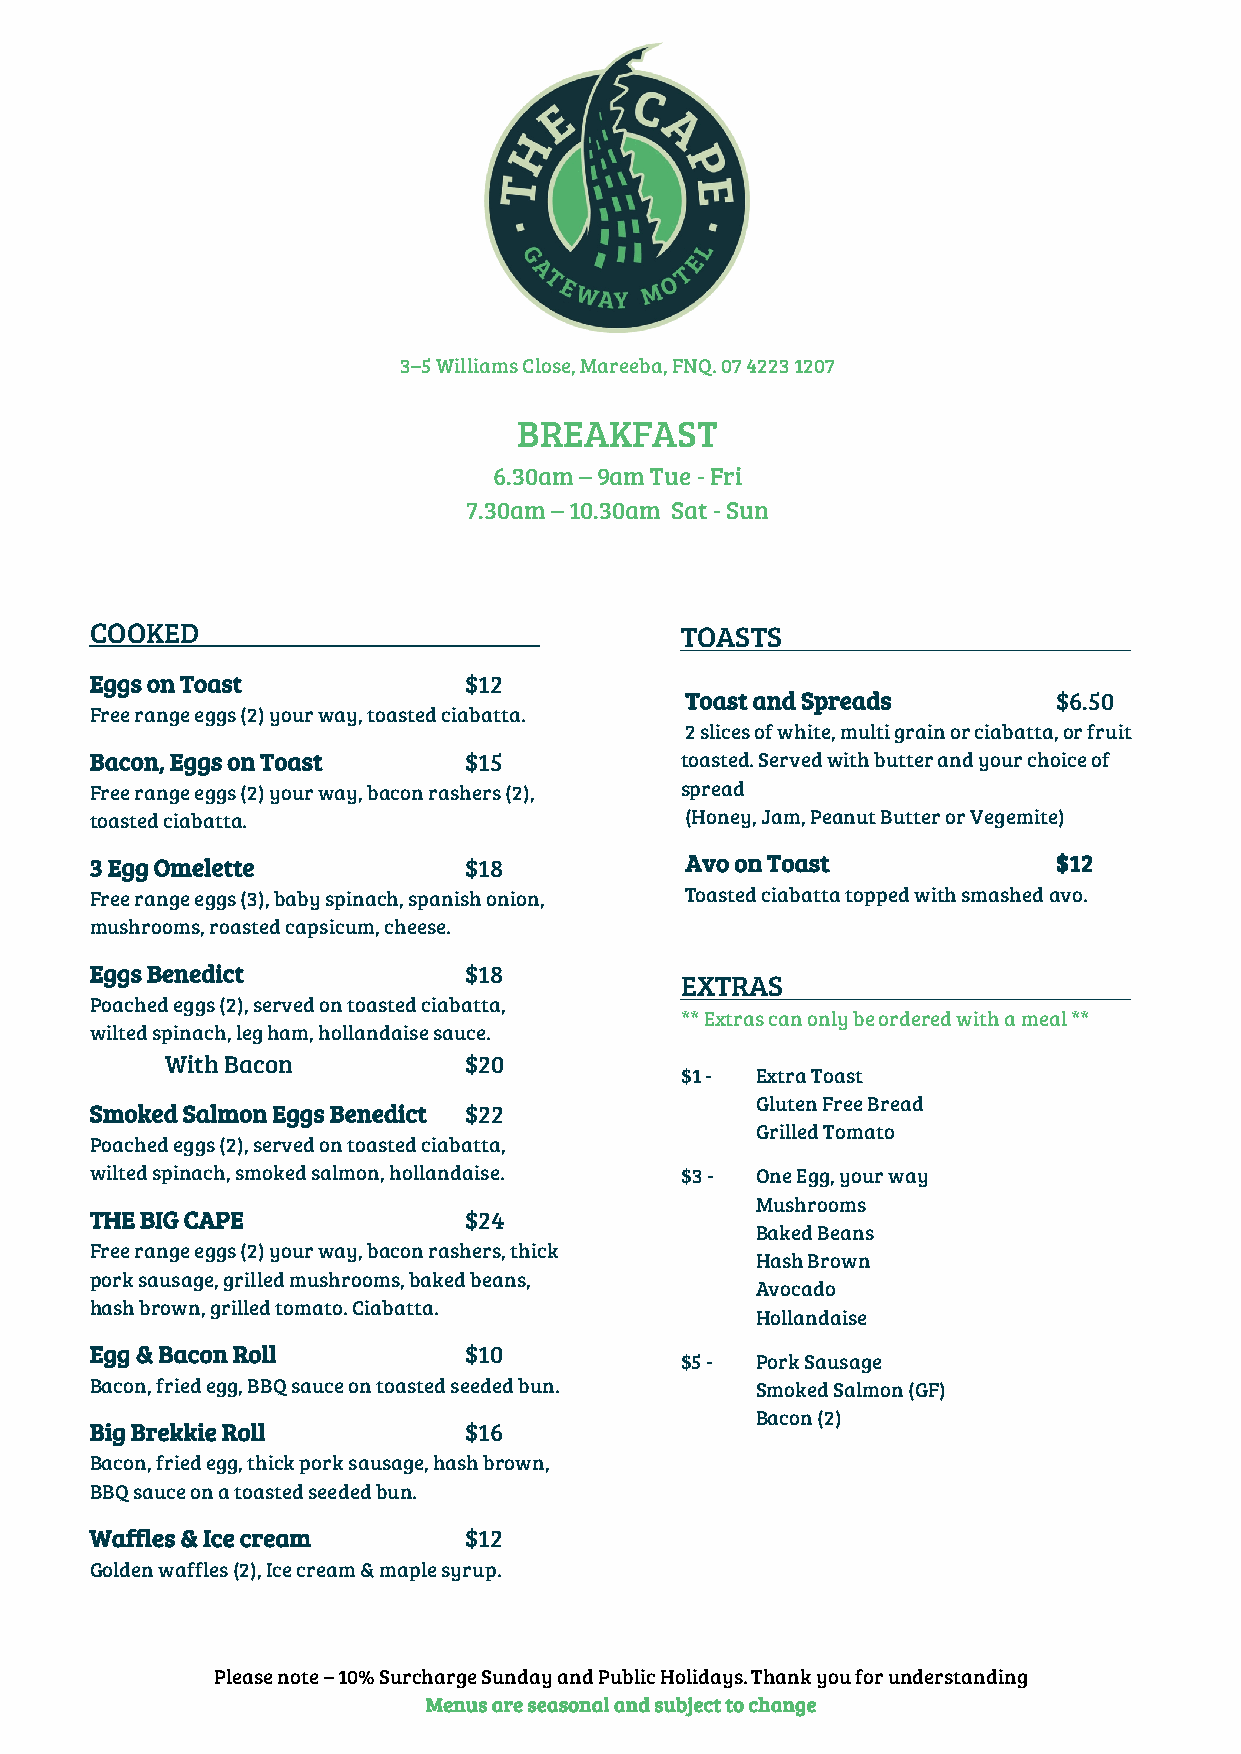
3–5 Williams Close, Mareeba, FNQ. 07 4223 1207
 BREAKFAST
 6.30am – 9am Tue - Fri
 7.30am – 10.30am Sat - Sun
 COOKED                                 TOASTS
 Eggs on Toast            $12
 Toast and Spreads        $6.50
 Free range eggs (2) your way, toasted ciabatta.
 2 slices of white, multi grain or ciabatta, or fruit
 Bacon, Eggs on Toast     $15           toasted. Served with butter and your choice of
 Free range eggs (2) your way, bacon rashers (2), spread
 toasted ciabatta.                      (Honey, Jam, Peanut Butter or Vegemite)
 3 Egg Omelette           $18           Avo on Toast             $12
 Free range eggs (3), baby spinach, spanish onion, Toasted ciabatta topped with smashed avo.
 mushrooms, roasted capsicum, cheese.
 Eggs Benedict            $18
 EXTRAS
 Poached eggs (2), served on toasted ciabatta,
 ** Extras can only be ordered with a meal **
 wilted spinach, leg ham, hollandaise sauce.
 With Bacon          $20
 $1 - Extra Toast
 Gluten Free Bread
 Smoked Salmon Eggs Benedict $22
 Grilled Tomato
 Poached eggs (2), served on toasted ciabatta,
 wilted spinach, smoked salmon, hollandaise. $3 - One Egg, your way
 Mushrooms
 THE BIG CAPE             $24
 Baked Beans
 Free range eggs (2) your way, bacon rashers, thick
 Hash Brown
 pork sausage, grilled mushrooms, baked beans,
 Avocado
 hash brown, grilled tomato. Ciabatta.
 Hollandaise
 Egg & Bacon Roll         $10
 $5 - Pork Sausage
 Bacon, fried egg, BBQ sauce on toasted seeded bun. Smoked Salmon (GF)
 Bacon (2)
 Big Brekkie Roll         $16
 Bacon, fried egg, thick pork sausage, hash brown,
 BBQ sauce on a toasted seeded bun.
 Waffles & Ice cream      $12
 Golden waffles (2), Ice cream & maple syrup.
 Please note – 10% Surcharge Sunday and Public Holidays. Thank you for understanding
 Menus are seasonal and subject to change